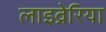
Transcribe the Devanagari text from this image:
लाइव्रेरिया